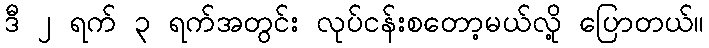
ဒီ ၂ ရက် ၃ ရက်အတွင်း လုပ်ငန်းစတော့မယ်လို့ ပြောတယ်။